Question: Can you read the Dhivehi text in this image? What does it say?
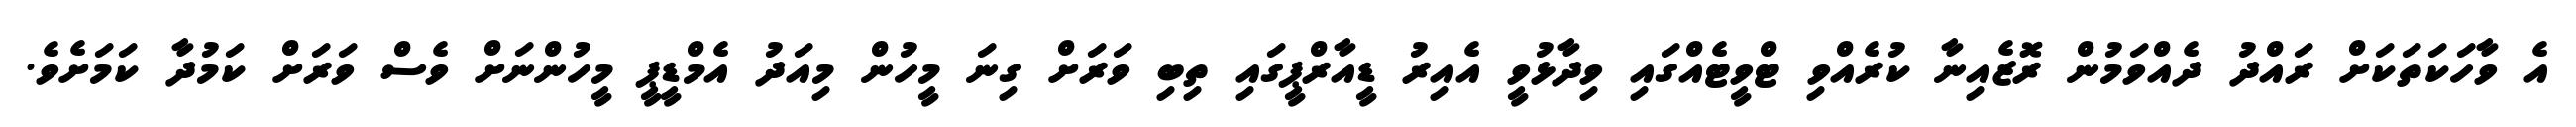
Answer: އެ ވާހަކަތަކަށް ރައްދު ދެއްވަމުން ރޮޒެއިނާ ކުރެއްވި ޓްވީޓެއްގައި ވިދާޅުވީ އެއިރު ޑީއާރްޕީގައި ތިބި ވަރަށް ގިނަ މީހުން މިއަދު އެމްޑީޕީ މީހުންނަށް ވެސް ވަރަށް ކަމުދާ ކަމަށެވެ.